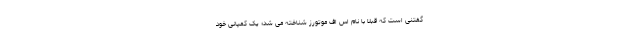
گفتنی است که قبلا با نام اس اف موتورز شناخته می شد؛ یک کمپانی خود